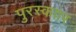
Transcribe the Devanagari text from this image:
पुरस्काार